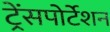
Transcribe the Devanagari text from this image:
ट्रेंसपोर्टेशन